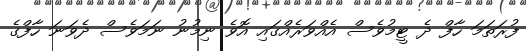
ފުރަތަމަ ހާފް ދެ ޓީމުވެސް އެއްވަރެއްގައި އޮވެ ނިމުނު ނަމަވެސް ދެވަނަ ހާފްގެ